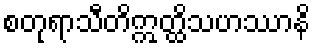
စတုရာသီတိဣတ္ထိသဟဿာနိ